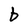
Character: b